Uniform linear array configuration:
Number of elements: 12
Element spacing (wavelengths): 1
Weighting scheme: hamming
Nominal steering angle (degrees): -60
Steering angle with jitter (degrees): -61.38
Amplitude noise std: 0.05
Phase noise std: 0.05

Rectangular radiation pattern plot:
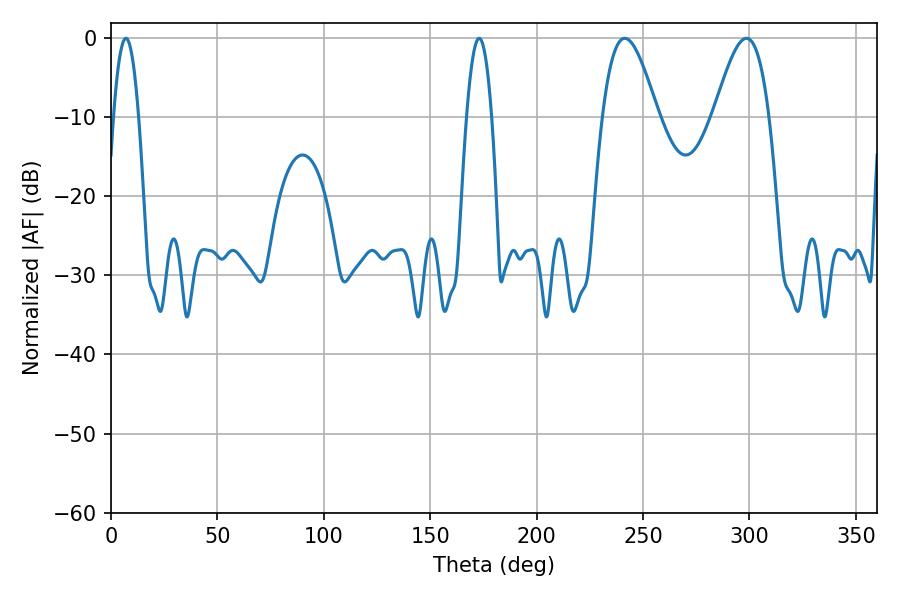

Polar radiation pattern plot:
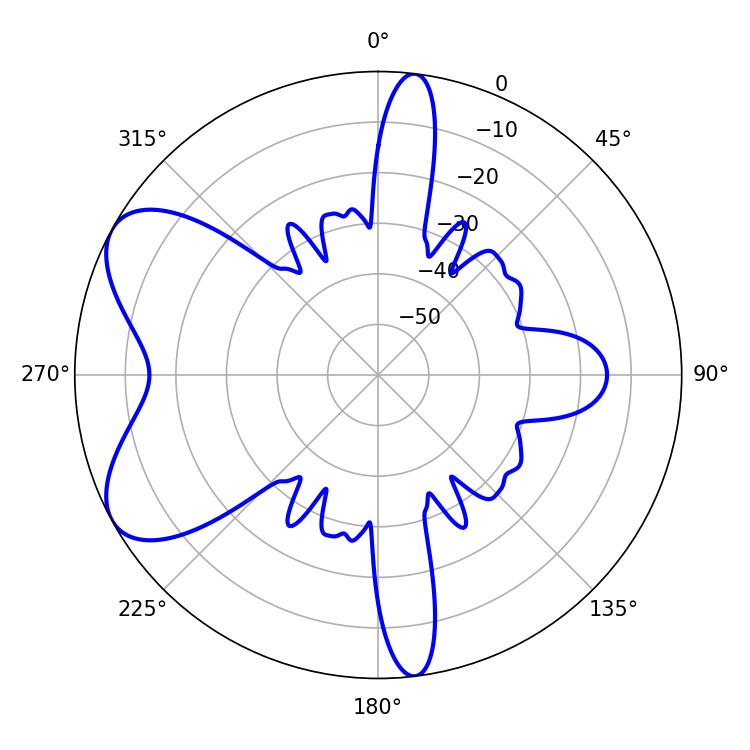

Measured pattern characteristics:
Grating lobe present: TRUE
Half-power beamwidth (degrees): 14.04
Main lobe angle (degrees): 298.62